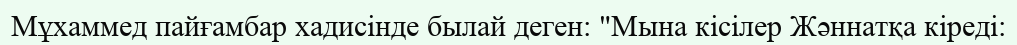
Мұхаммед пайғамбар хадисінде былай деген: "Мына кісілер Жәннатқа кіреді: